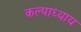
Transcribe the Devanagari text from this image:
कल्पाध्याय